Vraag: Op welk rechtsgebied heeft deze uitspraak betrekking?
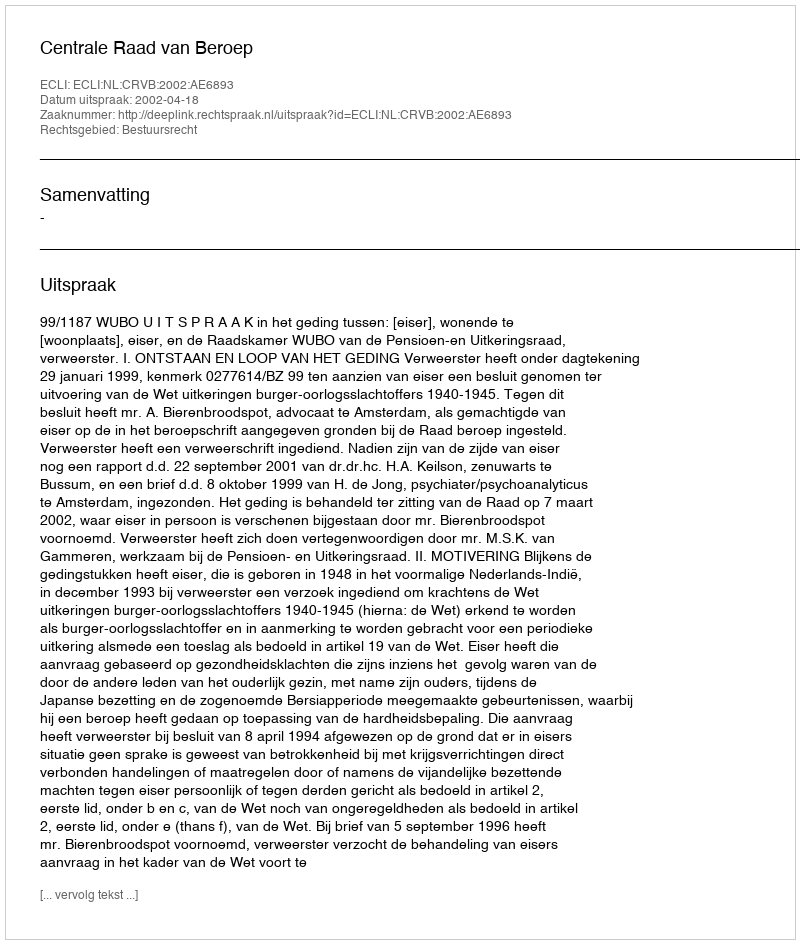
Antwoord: Bestuursrecht